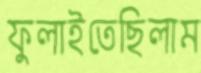
ফুলাইতেছিলাম